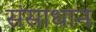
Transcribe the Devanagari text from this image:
संसाधान